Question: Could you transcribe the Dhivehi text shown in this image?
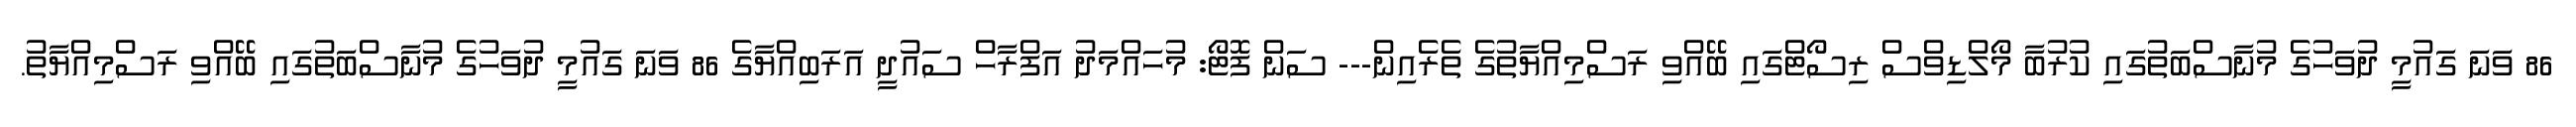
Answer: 86 ވަނަ ގައުމީ ދުވަހުގެ މުނާސްބަތުގައި ކުރުބާ މޯލްޑިވްސް ރިސޯޓްގައި ބޭއްވި ރަސްމިއްޔާތުގެ ތެރެއިން--- ސަން ފޮޓޯ: މުހައްމަދު އަފްރާހް ސައުދީ އަރަބިއްޔާގެ 86 ވަނަ ގައުމީ ދުވަހުގެ މުނާސްބަތުގައި ބޭއްވި ރަސްމިއްޔާތު.